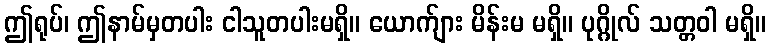
ဤရုပ်၊ ဤနာမ်မှတပါး ငါသူတပါးမရှိ။ ယောက်ျား မိန်းမ မရှိ။ ပုဂ္ဂိုလ် သတ္တဝါ မရှိ။